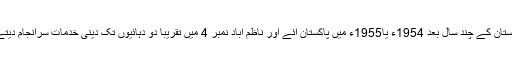
قیام پاکستان کے چند سال بعد 1954ء یا1955ء میں پاکستان آئے اور ناظم آباد نمبر 4 میں تقریباً دو دہائیوں تک دینی خدمات سرانجام دیتے رہے۔